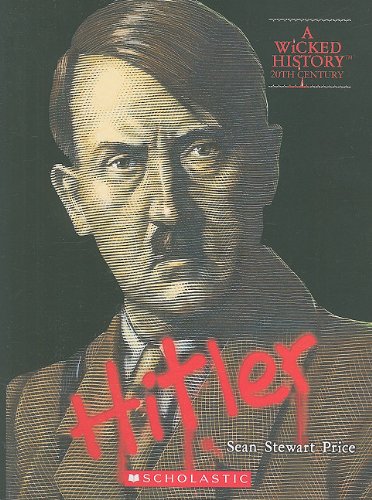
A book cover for Adolf Hitler (Wicked History); Sean Price; Teen & Young Adult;